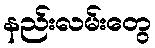
နည်းလမ်းတွေ